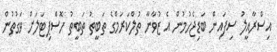
އިސްރާއީލު ސިފައިން ބަޑިޖެހުމުން އެ ޒުވާނާ ތުލްކަރަމްގެ ތަބީތު ތަބީތު ހޮސްޕިޓަލަށް ވަގުތުން